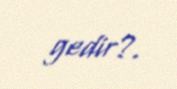
gedir?.